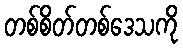
တစ်စိတ်တစ်ဒေသကို